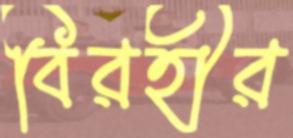
বিরহীর